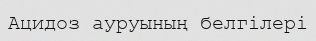
Ацидоз ауруының белгілері